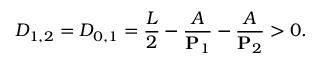
D _ { 1 , 2 } = D _ { 0 , 1 } = \frac { L } { 2 } - \frac { A } { \mathbf { P } _ { 1 } } - \frac { A } { \mathbf { P } _ { 2 } } > 0 .